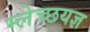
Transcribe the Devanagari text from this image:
म्लेच्छयज्ञ